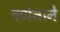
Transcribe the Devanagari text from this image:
वर्णनाने